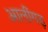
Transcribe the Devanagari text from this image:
आलींगड़